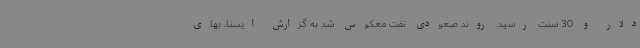
دلار و 30 سنت رسید. روند صعودی نفت معکوس شد به گزارش ایسنا، بهای